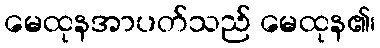
မေထုနအာပတ်သည် မေထုန၏၊